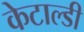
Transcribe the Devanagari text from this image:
केटाल्डी